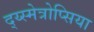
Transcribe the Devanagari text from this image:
द्य्स्मेत्रोप्सिया